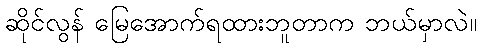
ဆိုင်လွန် မြေအောက်ရထားဘူတာက ဘယ်မှာလဲ။